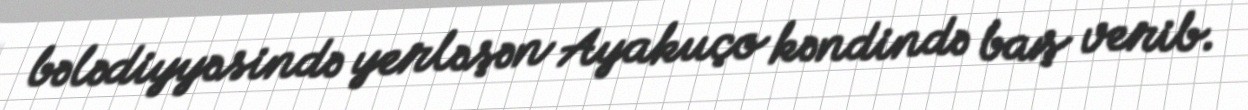
bələdiyyəsində yerləşən Ayakuço kəndində baş verib.